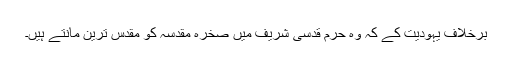
برخلاف یہودیت کے کہ وہ حرم قدسی شریف میں صخرہ مقدسہ کو مقدس ترین مانتے ہیں۔